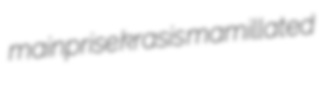
mainprise krasis mamillated